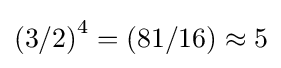
{(3/2)}^{4}=(81/16)\approx 5